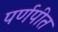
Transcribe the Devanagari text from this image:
पर्णपीत